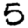
Digit: 5